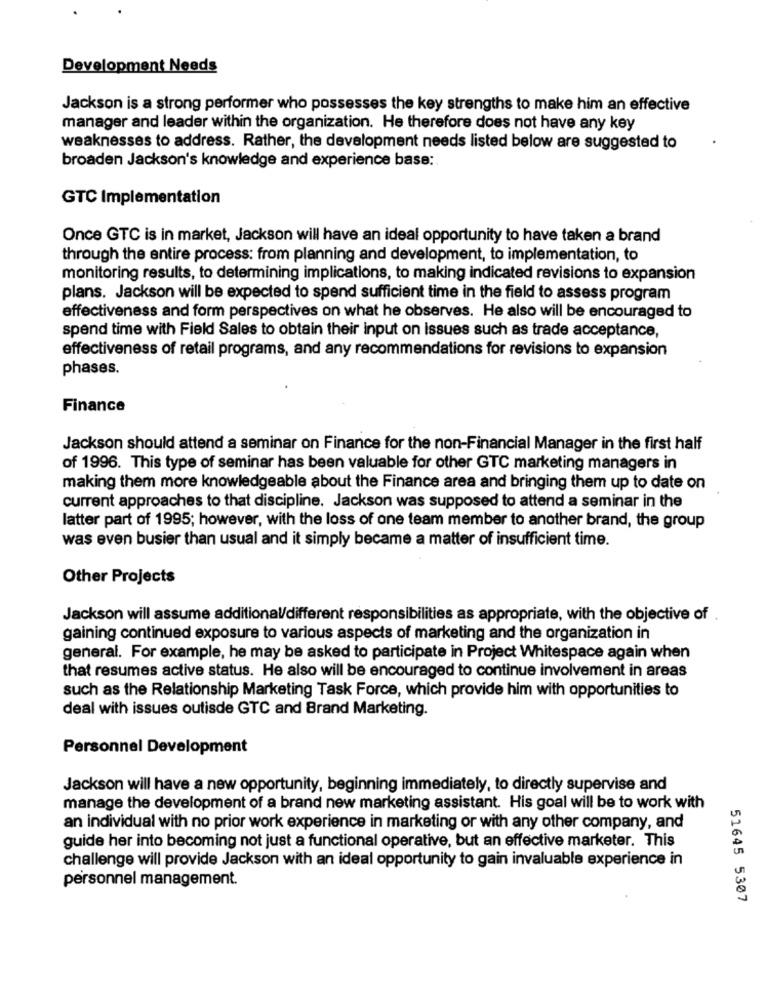
Development Needs
Jackson is a strong performer who possesses the key strengths to make him an effective
manager and leader within the organization. He therefore does not have any key
weaknesses to address. Rather, the development needs listed below are suggested to
broaden Jackson's knowledge and experience base:
GTC Implementation
Once GTC is in market, Jackson will have an ideal opportunity to have taken a brand
through the entire process: from planning and development, to implementation, to
monitoring results, to determining implications, to making indicated revisions to expansion
plans. Jackson will be expected to spend sufficient time in the field to assess program
effectiveness and form perspectives on what he observes. He also will be encouraged to
spend time with Field Sales to obtain their input on Issues such as trade acceptance,
effectiveness of retail programs, and any recommendations for revisions to expansion
phases.
Finance
Jackson should attend a seminar on Finance for the non-Financial Manager in the first half
of 1996. This type of seminar has been valuable for other GTC marketing managers in
making them more knowledgeable about the Finance area and bringing them up to date on
current approaches to that discipline. Jackson was supposed to attend a seminar in the
latter part of 1995; however, with the loss of one team member to another brand, the group
was even busier than usual and it simply became a matter of insufficient time.
Other Projects
Jackson will assume additional/different responsibilities as appropriate, with the objective of
gaining continued exposure to various aspects of marketing and the organization in
general. For example, he may be asked to participate in Project Whitespace again when
that resumes active status. He also will be encouraged to continue involvement in areas
such as the Relationship Marketing Task Force, which provide him with opportunities to
deal with issues outisde GTC and Brand Marketing.
Personnel Development
Jackson will have a new opportunity, beginning immediately, to directly supervise and
manage the development of a brand new marketing assistant. His goal will be to work with
an individual with no prior work experience in marketing or with any other company, and
guide her into becoming not just a functional operative, but an effective marketer. This
challenge will provide Jackson with an ideal opportunity to gain invaluable experience in
personnel management.
51645 5307